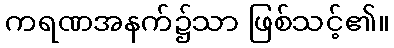
ကရဏအနက်၌သာ ဖြစ်သင့်၏။